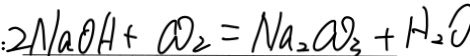
: 2 N a O H + C O _ { 2 } = N a _ { 2 } C O _ { 3 } + H _ { 2 } O